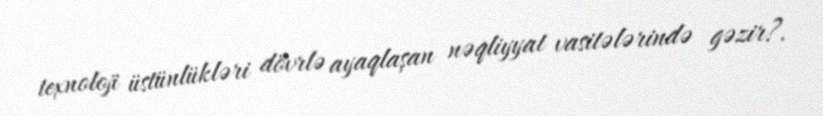
texnoloji üstünlükləri dövrlə ayaqlaşan nəqliyyat vasitələrində gəzir?.